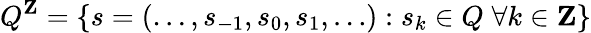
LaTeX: Q^{\mathbf{Z}}=\{ s=(\ldots,s_{-1},s_{0},s_{1},\ldots):s_{k}\in Q\; \forall k\in\mathbf{Z}\}